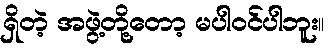
ရှိတဲ့ အဖွဲ့တို့တော့ မပါဝင်ပါဘူး။